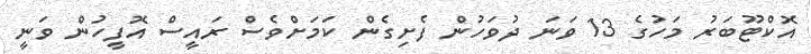
އޮކްޓޫބަރު މަހުގެ 13 ވަނަ ދުވަހުން ފެށިގެން ކަމަށްވެސް ރައީސް އޮފީހުން ވަނީ